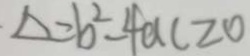
\cdot \Delta = b ^ { 2 } - 4 a c z 0